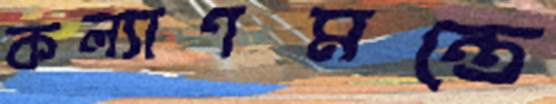
কল্যাণমন্ত্রে